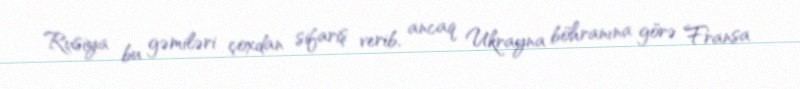
Rusiya bu gəmiləri çoxdan sifariş verib, ancaq Ukrayna böhranına görə Fransa